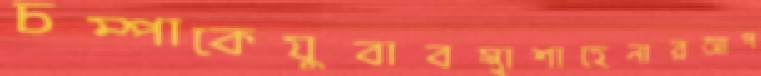
চম্পাকেযুবাবস্থাশাহেনারআপ